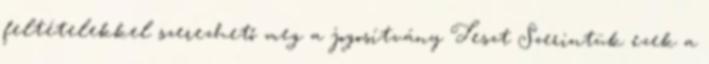
feltételekkel szerezhető meg a jogosítvány Teszt Szerintük ezek a